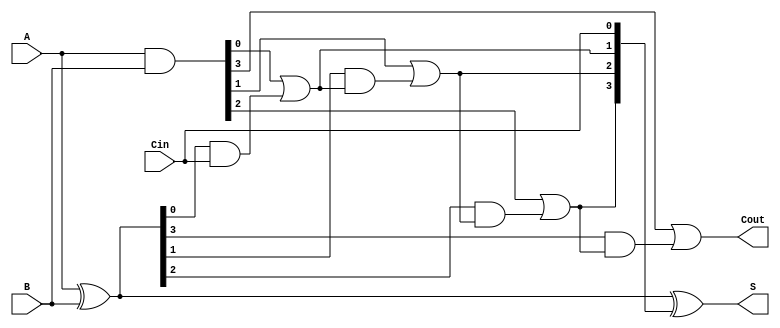
module RCLA #(
    parameter N = 4  // You can change N to design for a different number of bits
) (
    input  [N-1:0] A,     // First operand
    input  [N-1:0] B,     // Second operand
    input         Cin,     // Carry input
    output [N-1:0] S,      // Sum output
    output        Cout      // Carry output
);

    // Generate and Propagate signals
    wire [N-1:0] G;        // Generate signals
    wire [N-1:0] P;        // Propagate signals
    wire [N:0] C;          // Carry signals (C[0] = Cin)

    // Generate and Propagate logic
    assign G = A & B;      // Gi = Ai AND Bi
    assign P = A ^ B;      // Pi = Ai XOR Bi

    // Carry logic
    assign C[0] = Cin;     // C0 = Cin
    genvar i;
    generate
        for (i = 0; i < N; i = i + 1) begin : carry_logic
            if (i == 0) begin
                assign C[i+1] = G[i] | (P[i] & C[i]); // C1 = G0 + (P0 AND Cin)
            end else begin
                assign C[i+1] = G[i] | (P[i] & C[i]); // Ci+1 = Gi + (Pi AND Ci)
            end
        end
    endgenerate

    // Sum calculation
    assign S = P ^ C[N-1:0]; // S[i] = Ai XOR Bi XOR Ci

    // Carry output
    assign Cout = C[N];      // Cout = Cn

endmodule